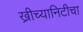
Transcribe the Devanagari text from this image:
ख्रीच्यानिटीचा